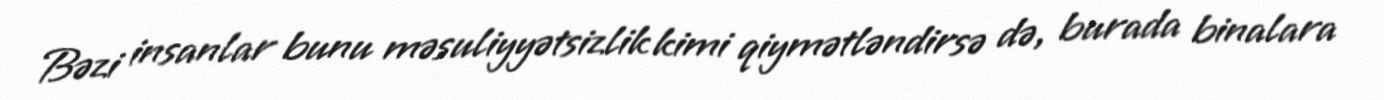
Bəzi insanlar bunu məsuliyyətsizlik kimi qiymətləndirsə də, burada binalara